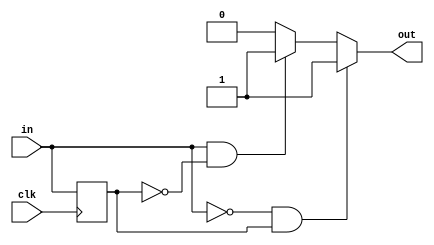
module edge_detector_15 (
    input clk,
    input in,
    output reg out
  );
  
  localparam RISE = 1'h1;
  localparam FALL = 1'h1;
  
  
  reg M_last_d, M_last_q = 1'h0;
  
  always @* begin
    M_last_d = M_last_q;
    
    out = 1'h0;
    M_last_d = in;
    if (1'h1) begin
      if (in == 1'h1 && M_last_q == 1'h0) begin
        out = 1'h1;
      end
    end
    if (1'h1) begin
      if (in == 1'h0 && M_last_q == 1'h1) begin
        out = 1'h1;
      end
    end
  end
  
  always @(posedge clk) begin
    M_last_q <= M_last_d;
  end
  
endmodule